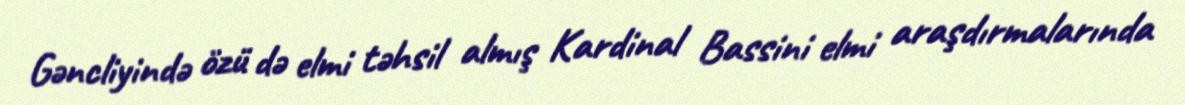
Gəncliyində özü də elmi təhsil almış Kardinal Bassini elmi araşdırmalarında